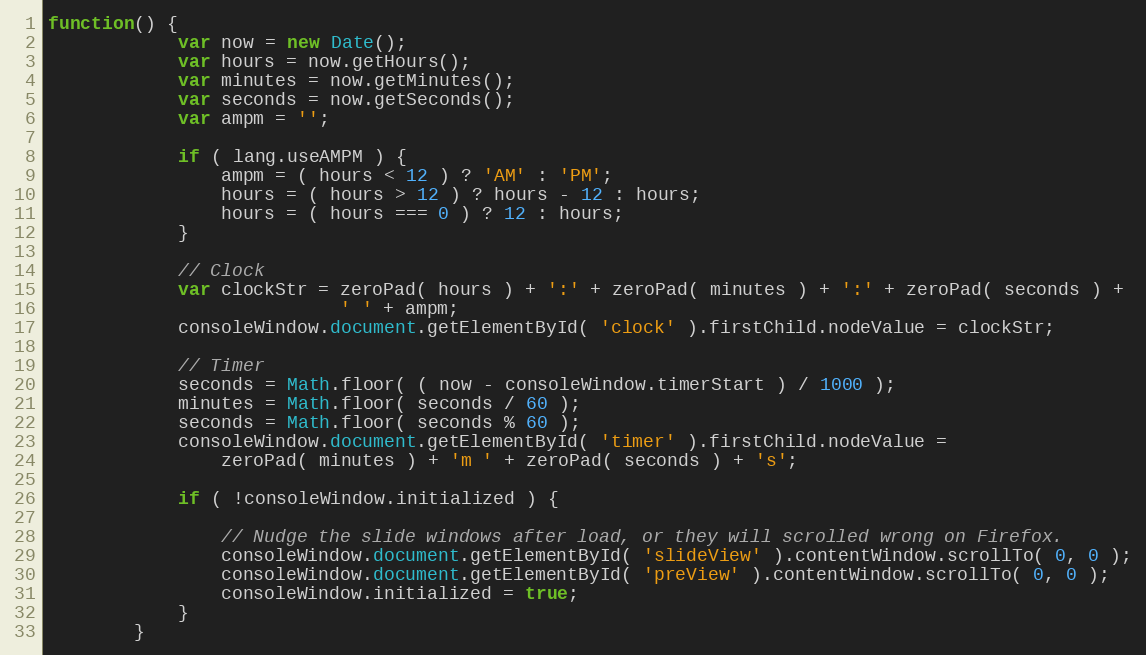
Language: JavaScript
function() {
            var now = new Date();
            var hours = now.getHours();
            var minutes = now.getMinutes();
            var seconds = now.getSeconds();
            var ampm = '';

            if ( lang.useAMPM ) {
                ampm = ( hours < 12 ) ? 'AM' : 'PM';
                hours = ( hours > 12 ) ? hours - 12 : hours;
                hours = ( hours === 0 ) ? 12 : hours;
            }

            // Clock
            var clockStr = zeroPad( hours ) + ':' + zeroPad( minutes ) + ':' + zeroPad( seconds ) +
                           ' ' + ampm;
            consoleWindow.document.getElementById( 'clock' ).firstChild.nodeValue = clockStr;

            // Timer
            seconds = Math.floor( ( now - consoleWindow.timerStart ) / 1000 );
            minutes = Math.floor( seconds / 60 );
            seconds = Math.floor( seconds % 60 );
            consoleWindow.document.getElementById( 'timer' ).firstChild.nodeValue =
                zeroPad( minutes ) + 'm ' + zeroPad( seconds ) + 's';

            if ( !consoleWindow.initialized ) {

                // Nudge the slide windows after load, or they will scrolled wrong on Firefox.
                consoleWindow.document.getElementById( 'slideView' ).contentWindow.scrollTo( 0, 0 );
                consoleWindow.document.getElementById( 'preView' ).contentWindow.scrollTo( 0, 0 );
                consoleWindow.initialized = true;
            }
        }